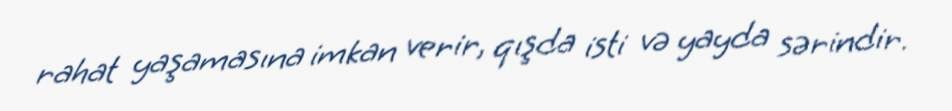
rahat yaşamasına imkan verir, qışda isti və yayda sərindir.